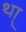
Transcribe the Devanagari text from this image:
था्